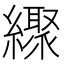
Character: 𦆜